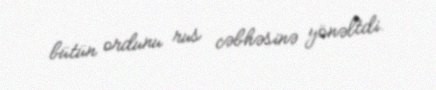
bütün ordunu rus cəbhəsinə yönəltdi.